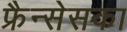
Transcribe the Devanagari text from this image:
फ्रैन्सेसका